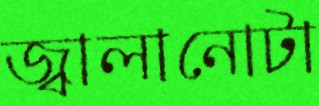
জ্বালানোটা